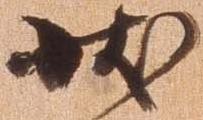
状